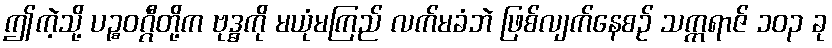
ဤကဲ့သို့ ပဉ္စဝဂ္ဂီတို့က ဗုဒ္ဓကို မယုံမကြည် လက်မခံဘဲ ဖြစ်လျက်နေစဉ် သက္ကရာဇ် ၁၀၃ ခု